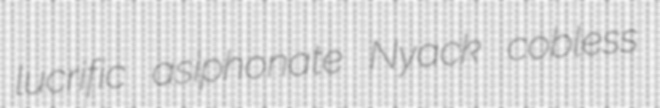
lucrific asiphonate Nyack cobless